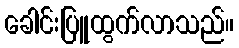
ခေါင်းပြူထွက်လာသည်။